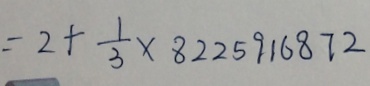
= 2 + \frac { 1 } { 3 } \times 8 2 2 5 9 1 6 8 7 2